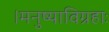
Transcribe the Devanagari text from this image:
।मनुष्याविग्रहाः